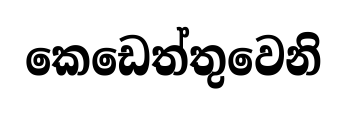
කෙඩෙත්තුවෙනි